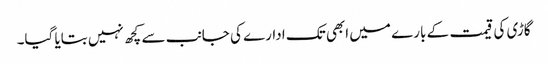
گاڑی کی قیمت کے بارے میں ابھی تک ادارے کی جانب سے کچھ نہیں بتایا گیا۔